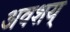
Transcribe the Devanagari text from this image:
अवशय्